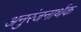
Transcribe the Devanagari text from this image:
अनुरंजनार्थक